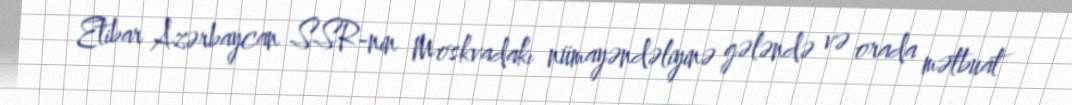
Etibar Azərbaycan SSR-nin Moskvadakı nümayəndəliyinə gələndə və orada mətbuat